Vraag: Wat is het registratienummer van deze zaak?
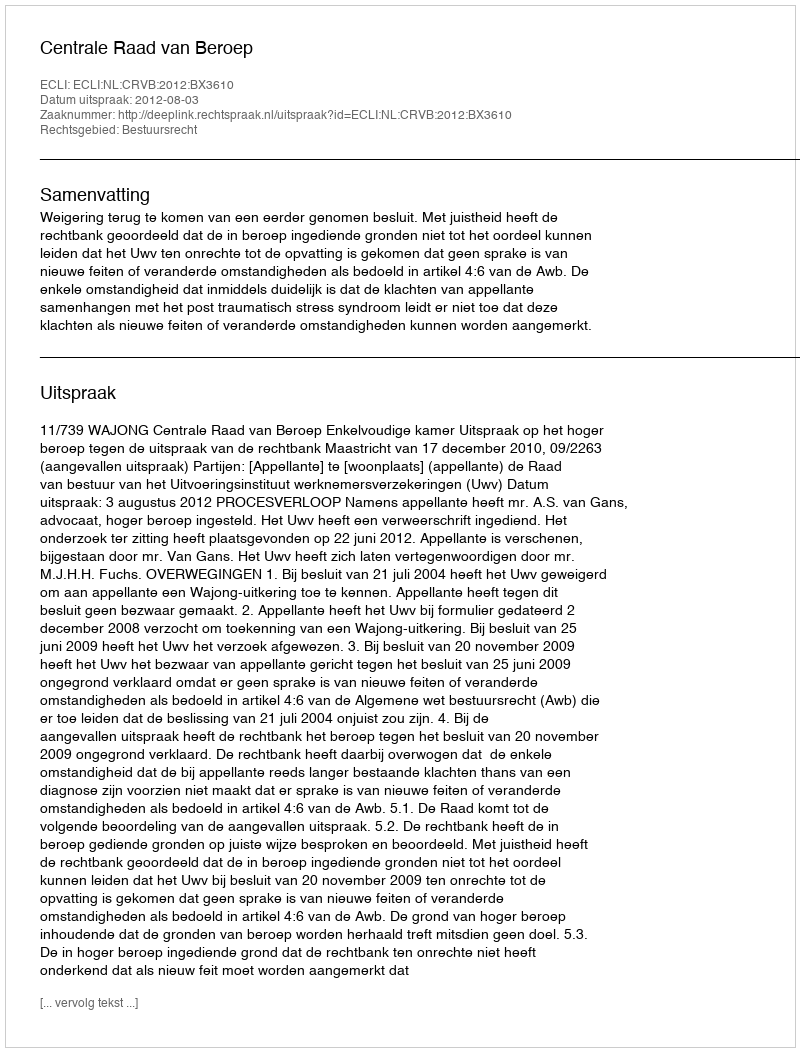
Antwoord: http://deeplink.rechtspraak.nl/uitspraak?id=ECLI:NL:CRVB:2012:BX3610